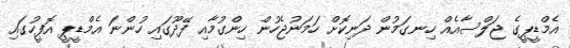
އެމްޑީޕީގެ ޖަލްސާއެއް ހިނގަމުން ދަނިކޮށް ހަމަނުޖެހުން ހިންގުމާއި ފޭދޫގައި ހުންނަ އެމްޑީޕީ އޮފީހުގައި